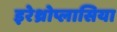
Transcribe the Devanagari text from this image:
इरेथ्रोप्लासिया